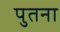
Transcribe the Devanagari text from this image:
पुतना